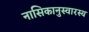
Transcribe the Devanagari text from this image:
नासिकानुस्वारस्य